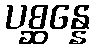
ပစ္ဆန္နေ